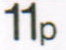
11p